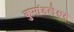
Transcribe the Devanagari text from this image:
कुमांडलेश्वर